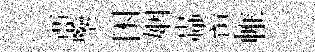
亞鑒困姻轟畜帷